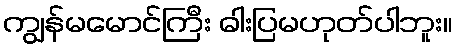
ကျွန်မမောင်ကြီး ဓါးပြမဟုတ်ပါဘူး။